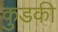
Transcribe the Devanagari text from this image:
कुडकी